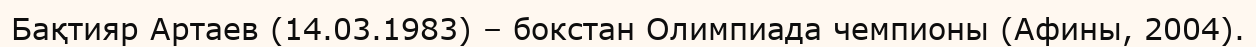
Бақтияр Артаев (14.03.1983) – бокстан Олимпиада чемпионы (Афины, 2004).